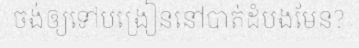
ចង់ឲ្យទៅបង្រៀននៅបាត់ដំបងមែន?